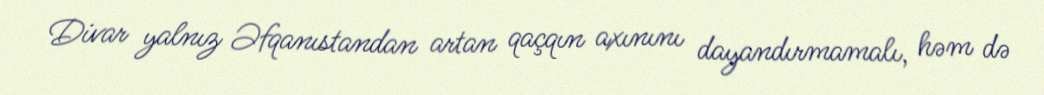
Divar yalnız Əfqanıstandan artan qaçqın axınını dayandırmamalı, həm də